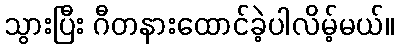
သွားပြီး ဂီတနားထောင်ခဲ့ပါလိမ့်မယ်။